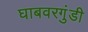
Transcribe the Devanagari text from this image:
घाबवरगुंडी